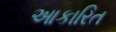
આકારિત